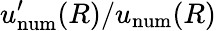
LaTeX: u_{\mathrm{num}}^{\prime}(R)/u_{\mathrm{num}}(R)